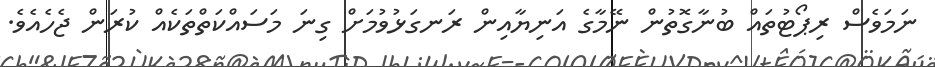
ނަމަވެސް ރިޕޯޓުތައް ބުނާގޮތުން ނޭމާގެ އަނިޔާއިން ރަނގަޅުވުމަށް ގިނަ މަސައްކަތްތަކެއް ކުރަން ޖެހެއެވެ.